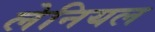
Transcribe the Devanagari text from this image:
लेनियल